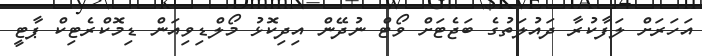
އަހަރަށް ލަފާކުރާ ދައުލަތުގެ ބަޖެޓަށް ވޯޓް ނުދޭން އިދިކޮޅު މޯލްޑިވިއަން ޑިމޮކްރެޓިކް ޕާޓީ